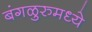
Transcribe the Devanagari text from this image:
बंगळुरुमध्ये